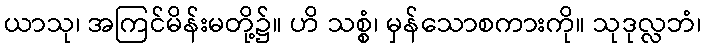
ယာသု၊ အကြင်မိန်းမတို့၌။ ဟိ သစ္စံ၊ မှန်သောစကားကို။ သုဒုလ္လဘံ၊